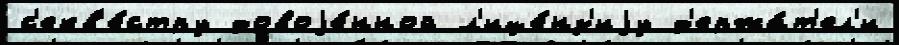
с'екв'е́стру довоjе́нной л'ице́нз'иjу д'ержа́т'ел'и